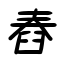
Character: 舂